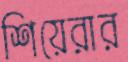
শিয়েরার